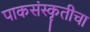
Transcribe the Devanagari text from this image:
पाकसंस्कॄतीचा